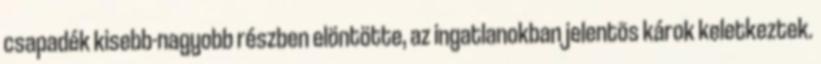
csapadék kisebb-nagyobb részben elöntötte, az ingatlanokban jelentõs károk keletkeztek.